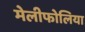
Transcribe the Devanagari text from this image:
मेलीफोलिया